Vaccination in Bombay 1902-1912 - 1902-1912
Year: 1902
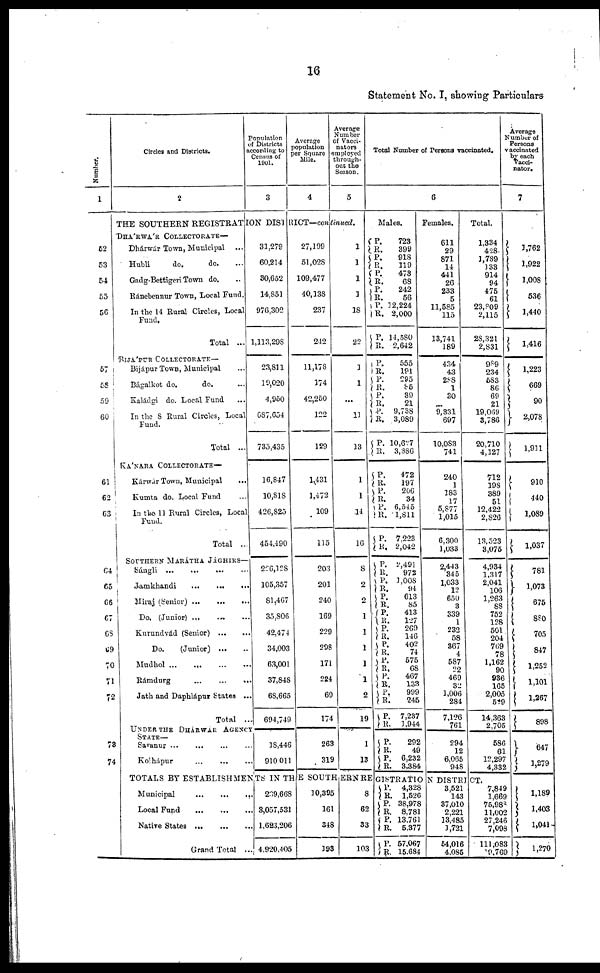
16
Statement No. I, showing Particulars
Number.
1
52
53
54
55
56
57
58
59
60
61
62
63
64
65
66
67
68
69
70
71
72
73
74
Circles and Districts.
2
Population
of Districts
according to
Census of
1901.
3
Average
population
per Square
Mile.
4
Average
Number
of Vacci¬
nators
employed
through-
out the
Season.
5
THE SOUTHERN REGISTRATION DISTRICT—continued.
DHÁRWÁR COLLECTORATE—
Dhárwár Town, Municipal
...
Hubli
do.
do. ...
Gadg-Bettigeri Town do. ...
Ránehennur Town, Local Fund.
In the 14 Rural Circles, Local
Fund.
Total ...
RIJÁPUR COLLECTORATE—
Bijápur Town, Municipal ...
Bágalkot do.
do. ...
Kaládgi do. Local Fund ...
In the 8 Rural Circles, Local
Fund.
Total ...
KÁNARA COLLECTORATE—
Kárwár Town, Municipal ...
Kumta do. Local Fund ...
In the 11 Rural Circles, Local
Fund.
Total ...
SOUTHERN MARÁTHA
JÁGHIRS
Sángli ... ... ... ...
Jamkhandi
...
...
...
Miraj (Senior)... ... ...
Do. (Junior) ... ... ...
Kurundvád
(Senior)...
...
Do.
(Junior)... ...
Mudhol...
...
...
...
Rámdurg
...
...
...
Jath and Daphlápur States ...
Total ...
UNDER THE DHÁRWÁR AGENCY
STATE—
Savanur ... ... ... ...
Kolhápur
...
...
...
31,279
60,214
30,652
14,851
976,302
1,113,298
23,811
19,020
4,950
687,654
735,435
16,847
10,818
426,825
454,490
226,128
105,357
81,467
35,806
42,474
34,003
63,001
37,848
68,665
694,749
18,446
910,011
27,199
51,028
109,477
40,138
237
242
11,178
174
42,250
122
129
1,431
1,472
109
115
203
201
240
169
229
298
171
224
69
174
263
319
1
1
1
1
18
22
1
1
...
11
13
1
1
14
16
8
2
2
1
1
1
1
1
2
19
1
13
Total Number of Persons vaccinated.
6
Males.
P.
R.
P.
R.
P.
R.
P.
R.
P.
R.
P.
R.
P. R.
P.
R.
P.
R. P.
R.
P.
R.
P.
R.
P.
R.
P.
R.
P.
R.
723
399
918
119
473
68
242
56
2,224
2,000
14,580
2,642
555
191
295
85
39
21
9,738
3,089
10,627
3,386
472
197
206
34
6,545
1,811
7,223
2,042
P.
R. P.
R.
P. R.
P.
R.
P.
R.
P.
R.
P.
R. P.
R.
P.
R.
P.
R.
P.
R.
P.
R.
2,491
972
1,008
94
613
85
413
127
269
146
402
74
575
68
467
133
999
245
7,237
1,944
292
49
6,232
3,384
Females.
611
29
871
14
441
26
233
5
11,585
115
13,741
189
434
43
288
1
30
...
9,331
697
10,083
741
240
1
183
17
5,877
1,015
6,300
1,033
2,443
345
1,033
12
650
3
339
1
232
58
367
4
587
22
469
32
1,006
284
7,126
761
294
12
6,065
948
Total.
1,334
428
1,789
133
914
94
475
61
23,809
2,115
28,321
2,831
989
234
583
86
69
21
19,069
3,786
20,710
4,127
712
198
389
51
12,422
2,826
13,523
3,075
4,934
1,317
2,041
106
1,263
88
752
128
501
204
769
78
1,162
90
936
165
2,005
529
14,363
2,705
586
61
12,297
4,332
Average
Number of
Persons
vaccinated
by each
vacci¬
nator.
7
1,762
1,922
1,008
536
1,440
1,416
1,223
669
90
2,078
1,911
910
440
1,089
1,037
781
1,073
675
880
705
847
1,252
1,101
1,267
898
647
1,279
TOTALS BY ESTABLISHMENTS IN THE SOUTHERN REGISTRATION DISTRICT.
Municipal
...
...
...
Local Fund
...
...
...
Native States ...
...
...
Grand Total ...
239,668
3,057,531
1,623,206
4,920,405
10,395
161
348
193
8
62
33
103
P.
R.
P.
R.
P.
R.
P.
P.
4,328
1,526
38,978
8,781
13,761
5,377
57,067
15,684
3,521
143
37,010
2,221
13,485
1,721
54,016
4,085
7,849
1,669
75,988
11,002
27,246
7,098
111,083
19,769
1,189
1,403
1,041
1,270